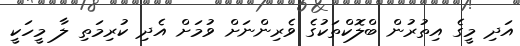
އަދި މީގެ އިތުރުން ބްލޮކްތަކުގެ ވެރިންނަށް ވުމަށް އެދި ކުރިމަތި ލާ މީހަކީ